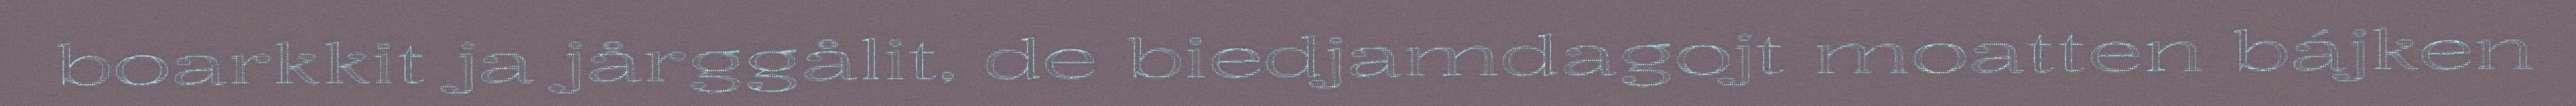
boarkkit ja jårggålit, de biedjamdagojt moatten bájken